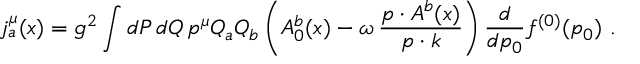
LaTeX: j _ { a } ^ { \mu } ( x ) = g ^ { 2 } \int d P \, d Q \, p ^ { \mu } Q _ { a } Q _ { b } \left( A _ { 0 } ^ { b } ( x ) - \omega \, \frac { p \cdot A ^ { b } ( x ) } { p \cdot k } \right) \frac { d } { d p _ { 0 } } f ^ { ( 0 ) } ( p _ { 0 } ) \ .